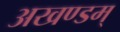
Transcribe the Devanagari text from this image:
अखण्डम्